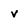
Character: v